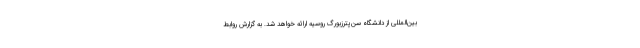
بین‌المللی از دانشگاه سن‌پترزبورگ روسیه ارائه خواهد شد. به گزارش روابط